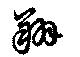
翔